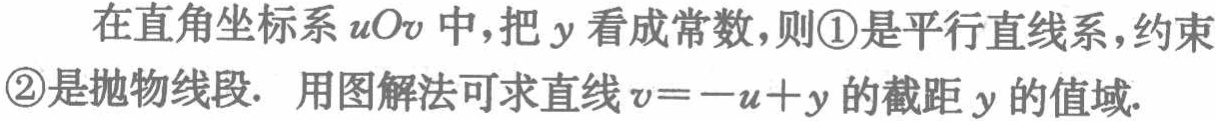
在直角坐标系\(uOv\)中，把\(y\)看成常数，则\textcircled{1}是平行直线系，约束\textcircled{2}是抛物线段. 用图解法可求直线\(v = -u + y\)的截距\(y\)的值域.